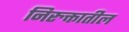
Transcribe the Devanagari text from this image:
निरुक्तातील